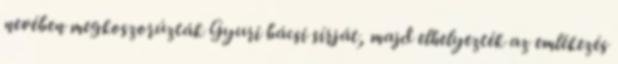
nevében megkoszorúzták Gyuri bácsi sírját, majd elhelyezték az emlékezés